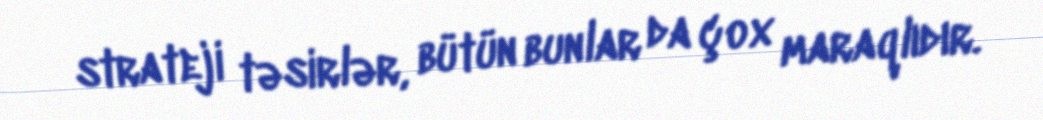
strateji təsirlər, bütün bunlar da çox maraqlıdır.